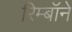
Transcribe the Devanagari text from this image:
रिम्बॉने